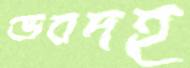
ভবদহ